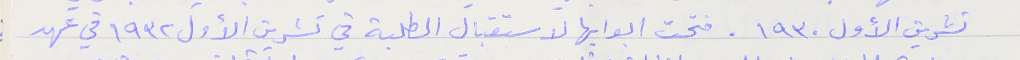
تشرين الأول ١٩٣٠. فتحت ابوابها لاستقبال الطلبة في تشرين الأول ١٩٣٢ في عهد